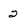
Character: 2